Report on sanitation, dispensaries, and jails in Rajputana for 1909, and on vaccination for the year 1909-1910 - 1909-1910
Year: 1909
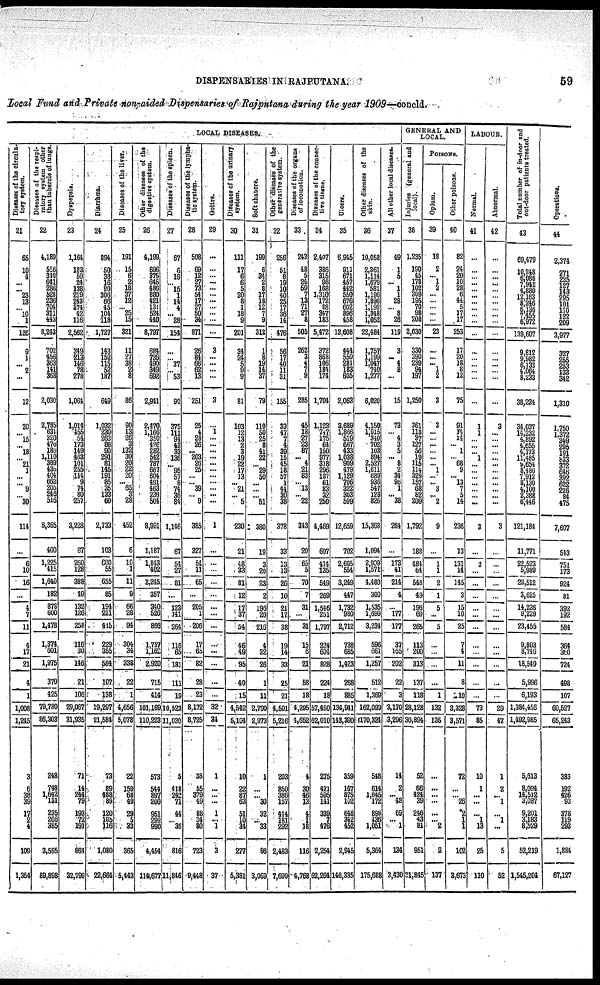
DISPENSARIES IN RAJPUTANA.
59
Local Fund and Private non-aided Dispensaries of Rajputana during the year 1909—concld.
LOCAL DISEASES.
Diseases of the circula¬
tory
system.
21
65
10
4
...
... 23
13
... 10
1
126
9
1
... 2
...
12
20
... 15
... 18
... 21
1
...
... 9
... 30
114
...
6
10
16
...
4
7
11
4
17
21
4
1
1,008
1,245
3
6
38
39
17
2
4
109
1,354
Diseases
of the respi¬
ratory system other
than tubercle
of lungs.
22
4,189
556
319
641
286
528
236
704
311
443
8,243
702
456
363
141 368
2,030
2,785
631
320 476
186
1,110
389
435 404
662
205
246 516
8,365
400
1,225
415
1,640
182
878
600
1,478
1, 374
601
1,975
370
425
79,780
86,303
248
748
1,642 131
235
206
385
3,595
88,898
Dyspepsia.
23
1,164
183
59
24
138
219
243
374
42
116
2,562
349
213
146
78
278
1,061
1,014
455
54
173
149
463
101
255
144
9
74
80
257
3,228
67
260
128
388
49
132
126
258
116
30
146
21
106
29,067
31,935
71
14
244
79
193
72 191
894
32,799
Diarrhœa.
24
894
50
38
16
90
306
68
45
104
118
1,727
143
152
115
52
187
649
1,032
239
263
88
90
291
81
145
191
85
35
133
60
2,733
103
600
55
655
85
194
221
415
229
355
584
107
138
19,297
21,584
73
89
488 89
120
105
116
1,080
22,664
Diseases of the liver.
25
191
15
6
2
18
37
12
... 25
15
321
11
27
38
2
8
86
90
13
26
3
132
30
20
22
20
... 65
3
28
452
6
10
1
11
9
66
28
94
304
34
338
22
1
4,656
5,078
22
159
68
49
29
5
33
365
5,443
Other diseases of the
digestive system.
26
4,199
696
375
645
486
880
421
131
524
440
8,797
684
726
490
349
692
2,941
2,470
1,166
350
429 282
542
787
667
604
491
463
239
504
8,991
1,187
1,842
402
2,245
357
340
526
866
1,757 1,162
2,920
715
414
101,169
110,223
573
544
897
200
951
299
990
4,454
114,677
Diseases
of the spleen.
27
67
8
19
... 15
1 14
4
... 28
154
...
... 37
... 53
90
375
111 94
43
33
136
... 95
57 9
74 36
84
1,146
67
54
27
81
...
123
141
264
116
65
181
111
19
10,523
11,030
5
418
242
71
44
... 36
816
11,846
Diseases of the lympha¬
tic system.
28
508
69
12
27
73
54
17
27
50
34
871
26
84
66
62
13
251
25
4
28
26
... 203
26
25
...
... 39
... 9
385
327
54
11
65
...
205
1
206
17
65
82
28
23
8,172
8,725
38
55
379
49
88
34
80
723
9,448
Goitre.
29
...
...
...
...
...
...
...
...
...
...
...
3
...
...
...
...
3
...
1
...
...
...
... ...
...
...
...
...
... ...
1
...
...
...
...
...
...
...
...
...
...
...
...
...
32
34
1
...
...
...
1
... 1
3
37
Diseases
of the urinary
system.
30
111
17
6
61
5
20
8
1
18
9
201
34
24
5
9
9
81
103
12
13
2
3
19
22
17
13
... 21
... 5
230
21
48
33
81
12
12
37
54
46
49
95
40
15
4,542
5,104
10
22
87
63
51
10
34
277
5,381
Soft chancre.
31
199
6
34
2
8
17
18
12
7
9
312
1
8
19
14
37
79
110
50
25
8
41
22
... 29
50
...
...
... 51
380
19
3
20
23
2
196
20
216
4
22
26
1
11
2,790
2,973
1
...
... 30
32
... 33
96
3,069
Other diseases of the
generative
system.
32
256
51
8
19
... 40
25
17
36
14
476
56
17
40
11
31
155
33
47
7
4
39
15
45
18
57
1
44
30
38
378
33
13
13
26
10
21
17
38
19
14
33
25
21
4,501
5,216
203
850
386 157
414
181
282
2,483
7,699
Diseases
of the organs
of locomotion.
33
243
48
5
24
59
7
12
71
27
8
505
262
3
4
7
9
285
45 18
27
23
87
... 4
21
83
... 13
... 22
343
20
65
5
70
7
31
...
31
15
6
21
58
18
4,295
4,652
4
30
46
13
4
1
18
116
4,768
Diseases
of the connec¬
tive tissue.
34
2,407
386
315
96
168
1,310
172
88
347
183
5,472
372
868
106
184
174
1,704
1,123
747
175 64
150
... 318
296 187
61
83
32
250
4,469
607
414
135
549
269
1,546
251
1,797
224
604
828
224
18
57,460
62,010
275
421
595
141
339
7
476
2,254
62,264
Ulcers.
35
6,945
911
671
457
442
550
676
602
869
458
12,608
444
550 281
183
605
2,063
3,689
l,866
519
667
433
1,238
909
479
1,129
706
322
303
599
12,659
702
2,695
554
3,249
447
1,732
980
2,712
738
685
1,423
268
885
134,941
143,390
359
167
875 102
648
342
452
2,945
146,335
Other diseases of the
skin.
36
10,058
2,361
1,114
1,679
581
1,196
1,896 1,199
1,348
1,052
22,484
1,757
1,199
1,047
740
1,277
6,020
4, 150
1,915
340
702
103
894
2,527
1,611
689
936
547
128 826
15,368
1,094
2,909 1,571
4,480
309
1, 535
1,699
3,234
596
661
1,257
512
1,369
162,099
170,324
548
614
1,645
172
898
436 1,051
5,364
175,688
All other local diseases.
37
49
1
5
... 1
1
28
... 8 26
119
3
... 4
8
...
15
73
... 4
3
5
... 8
2 34
96
1
... 38
264
...
173
41
214
4
...
177
177
37
165
202
22
3
3,170
3,296
14
2
... 48
69
... 1
134
3,430
GENERAL AND
LOCAL.
Injuries (general and
local).
38
1,235
190
45
178
102
309
195
70
98
208
2,630
330 390
239
94
197
1,250
361
118
37 127
56
19
115
114
329
157 68
82
208
1,792
188
484
64
548
49
196
69
265
113
200
313
137
118
28,128
30,894
52
66
424
39
246
43
81
951
31,845
POISONS.
Opium.
39
18
2
...
1 2
...
...
...
...
...
23
...
...
... 1
2
3
3
...
...
...
...
...
...
1
...
...
3
... 2
9
...
1
1
2
1
5
...
5
...
...
...
...
1
132
135
...
...
...
...
...
... 2
2
137
Other poisons.
40
82
24
20
10
28
6
44
5
17
17
253
17
20
18
8
12
75
91
14 14
...
1
... 68
9
... 13
7
5
14
236
13
131
14
145
3
15
10
25
7
4
11
8
10
3,328
3,571
72
...
... 26
2
1 1
102
3,673
LABOUR.
Normal.
41
...
...
...
...
... ...
...
...
...
...
...
...
... ...
...
...
...
1
1
...
...
...
1
...
...
...
...
...
...
...
3
...
3
...
...
...
...
...
...
...
...
...
...
...
73
85
10
1
...
...
...
1
13
25
110
Abnormal.
42
...
...
...
...
...
...
...
...
...
...
...
...
...
...
... ...
...
3
...
...
...
...
... ...
...
...
...
...
...
...
3
...
...
...
...
...
...
...
...
...
...
...
...
...
29
47
1
2
... 1
...
1
...
5
52
Total number of in-door and
out-door patients treated.
43
69,479
10 248
6,086
7,942 4,880
12,163
8,246
6,136
7,455
6,972
139,607
9,812
9,982 6,133
4,064
8,233
38,224
34,037
14232
4,892
... 4,772
11,485
9,654
8,480
7,912
8,130
4,100
2,388
6,446
121,184
11,771
22,523
5,989
28,512
3,625
14,226
9,229
23,455
9,803 8,746
18,549
5,996
6,193
1,384,456
1,492,985
5,613
8,094
14, 512
3,087
9,201
3,183
8,529
52,219
1,545,204
Operations.
44
2,374
271
225
127
143
295
101
110
122
209
3,977
327
255
253
133
342
1,310
1,750
1,372
349
295
191
833
372
646
392
622
226
84
475
7,607
543
751
173
924
81
392
192
584
364
360
724
498
107
60,527
65,243
383
192
426
93
378
119
293
1,884
67,127